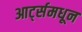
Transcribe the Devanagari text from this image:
आर्ट्समधून